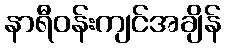
နာရီဝန်းကျင်အချိန်